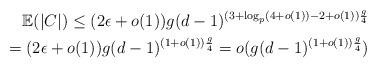
LaTeX: \begin{align*}\mathbb{E}(|C|) \leq (2\epsilon+o(1)) g (d-1)^{(3 + \log_{p}(4+o(1)) - 2+ o(1)) \frac{g}{4}} \\= (2\epsilon+o(1)) g (d-1)^{(1+o(1))\frac{g}{4}}= o(g (d-1)^{(1+o(1))\frac{g}{4}})\end{align*}